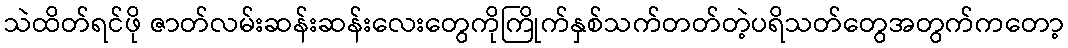
သဲထိတ်ရင်ဖို ဇာတ်လမ်းဆန်းဆန်းလေးတွေကိုကြိုက်နှစ်သက်တတ်တဲ့ပရိသတ်တွေအတွက်ကတော့